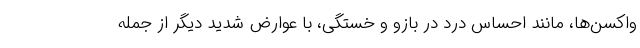
واکسن‌ها، مانند احساس درد در بازو و خستگی، با عوارض شدید دیگر از جمله